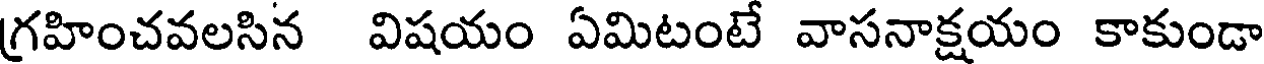
గ్రహించవలసిన విషయం ఏమిటంటే వాసనాక్షయం కాకుండా